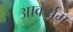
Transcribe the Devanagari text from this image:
आकर्षम